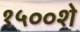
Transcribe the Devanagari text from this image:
१५००शे